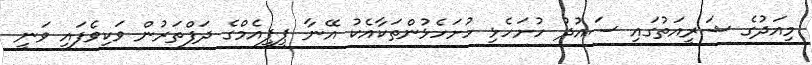
މިއަދުގެ ޝަރީއަތުގައި ސައުދު ހުށަހެޅި ހުށަހެޅުންތަކާއެކު އޭނާ ޕީޕީއެމްގެ ދަފްތަރުން ވަކިވެފައި ވަނީ